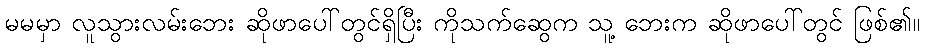
မမမှာ လူသွားလမ်းဘေး ဆိုဖာပေါ်တွင်ရှိပြီး ကိုသက်ဆွေက သူ့ ဘေးက ဆိုဖာပေါ်တွင် ဖြစ်၏။